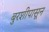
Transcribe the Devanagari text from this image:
बुरशीपासून